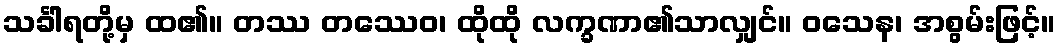
သင်္ခါရတို့မှ ထ၏။ တဿ တဿေဝ၊ ထိုထို လက္ခဏာ၏သာလျှင်။ ဝသေန၊ အစွမ်းဖြင့်။